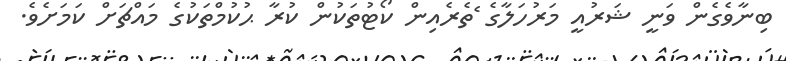
ބިނާވެގެން ވަނީ ޝަރުއީ މަރުހަލާގެ ެތެރެއިން ކޯޓުތަކުން ކުރާ ޙުކުމްތަކުގެ މައްޗަށް ކަމަށެވެ.